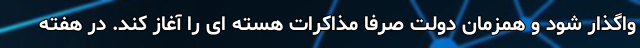
واگذار شود و همزمان دولت صرفا مذاکرات هسته ای را آغاز کند. در هفته